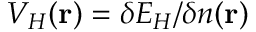
V _ { H } ( { \bf r } ) = \delta E _ { H } / \delta n ( { \bf r } )